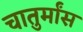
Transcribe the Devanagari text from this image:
चातुर्मांस